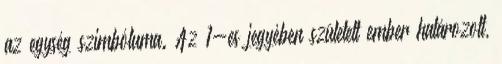
az egység szimbóluma. Az 1-es jegyében született ember határozott,